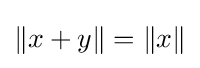
\|x+y\|=\|x\|